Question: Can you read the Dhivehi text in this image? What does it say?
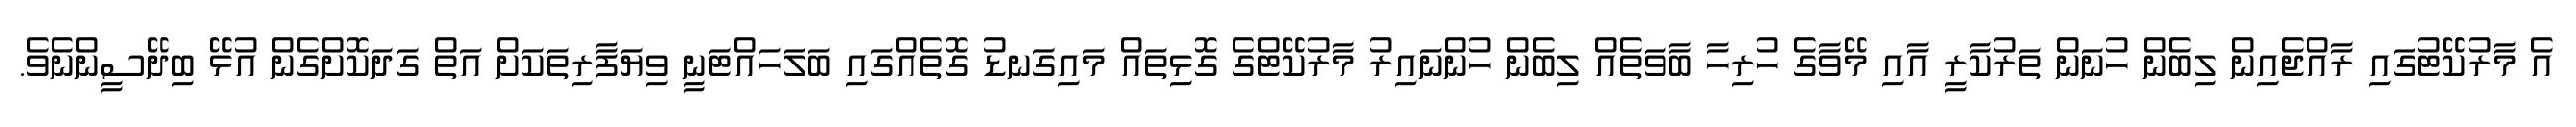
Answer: އެ މާރުކޭޓުގައި ރާއްޖެއިން ލިބެން ހުނަން ތަރުކާރީ އާއި މޭވާގެ ހުރިހާ ބާވަތެއް ލިބެން ހުންނައިރު މާރުކޭޓްގެ ގޮޅިތައް މައިގަނޑު ގޮތެއްގައި ބަލަހައްޓަނީ ވިޔަފާރިތަކަށް އަތް ގަދަކޮށްގެން އުޅޭ ބިދޭސީންނެވެ.